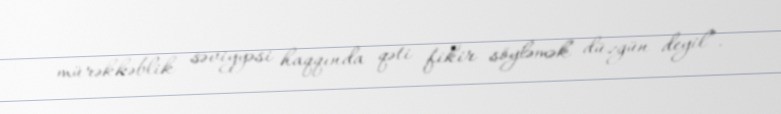
mürəkkəblik səviyyəsi haqqında qəti fikir söyləmək düzgün deyil”.